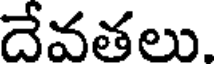
దేవతలు.